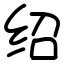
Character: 绍